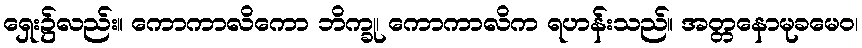
ရှေး၌လည်း။ ကောကာလိကော ဘိက္ခု၊ ကောကာလိက ရဟန်းသည်။ အတ္တနောမုခမေဝ၊